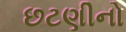
છટણીનો